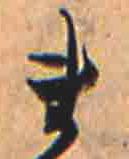
ま